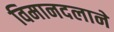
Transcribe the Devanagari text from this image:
विमानदलाने